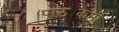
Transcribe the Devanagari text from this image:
पाठ्यकर्मों